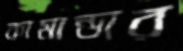
কামান্ডার